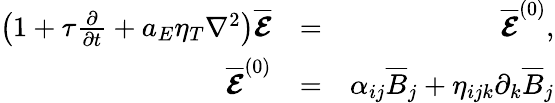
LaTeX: \begin{array}{rlr}{\left(1+\tau\frac{\partial}{\partial t}+a_{E}\eta_{T}\nabla^{2}\right)\overline{{\boldsymbol{\mathcal{E}}}}}&{=}&{\overline{{\boldsymbol{\mathcal{E}}}}^{(0)},}\\ {\overline{{\boldsymbol{\mathcal{E}}}}^{(0)}}&{=}&{\alpha_{ij}\overline{{B}}_{j}+\eta_{ijk}\partial_{k}\overline{{B}}_{j}}\end{array}